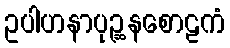
ဥပါဟနာပုဉ္ဆနစောဠကံ